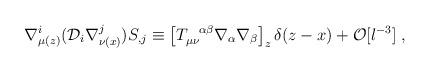
LaTeX: \begin{align*}\nabla^i_{\mu (z)}({\cal D}_i \nabla^j_{\nu (x)})S_{,j}\equiv\left[T_{\mu \nu}^{\ \ \alpha \beta} \nabla_{\alpha} \nabla_{\beta}\right]_z \delta (z-x) + {\cal O}[l^{-3}]\; ,\end{align*}